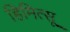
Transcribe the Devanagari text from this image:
हिमित्सू